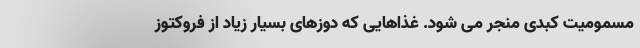
مسمومیت کبدی منجر می شود. غذاهایی که دوزهای بسیار زیاد از فروکتوز